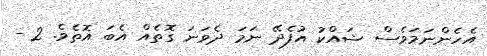
އެހެންނަމަވެސް ޝައްކު އުފެދޭ ނަމަ ދެވަނަ ގޮތެއް އެބަ އޮތެވެ. 2 -